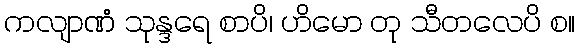
ကလျာဏံ သုန္ဒရေ စာပိ၊ ဟိမော တု သီတလေပိ စ။